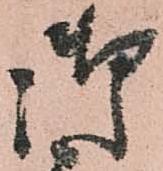
御